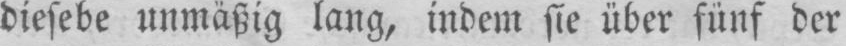
diesebe unmäßig lang, indem sie über fünf der